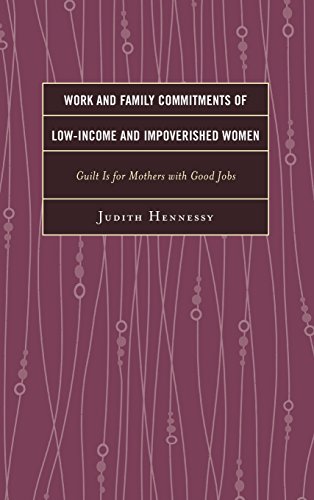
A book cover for Work and Family Commitments of Low-Income and Impoverished Women: Guilt Is for Mothers with Good Jobs; Judith Hennessy; Gay & Lesbian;